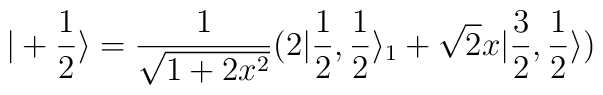
| + \frac{1}{2} \rangle = \frac{1}{\sqrt{1+2 x^2}}  (2 | \frac{1}{2},  \frac{1}{2} \rangle_1 + \sqrt{2} x| \frac{3}{2},\frac{1}{2} \rangle )